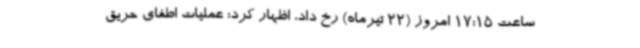
ساعت 17:15 امروز (22 تیرماه) رخ داد، اظهار کرد: عملیات اطفای حریق